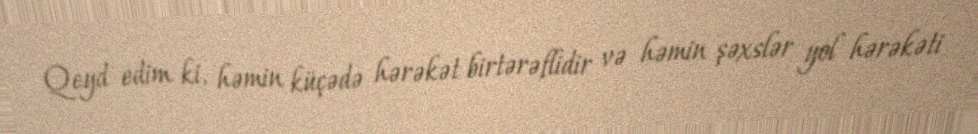
Qeyd edim ki, həmin küçədə hərəkət birtərəflidir və həmin şəxslər yol hərəkəti